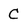
Character: C